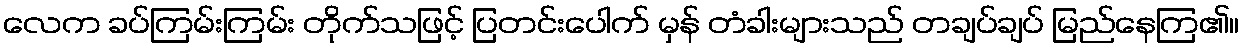
လေက ခပ်ကြမ်းကြမ်း တိုက်သဖြင့် ပြတင်းပေါက် မှန် တံခါးများသည် တချပ်ချပ် မြည်နေကြ၏။